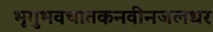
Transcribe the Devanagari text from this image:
भृगुभवचातकनवीनजलधर